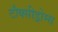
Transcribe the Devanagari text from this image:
टौक्सीड्रोम्स